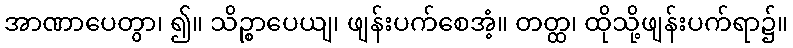
အာဏာပေတွာ၊ ၍။ သိဉ္စာပေယျ၊ ဖျန်းပက်စေအံ့။ တတ္ထ၊ ထိုသို့ဖျန်းပက်ရာ၌။